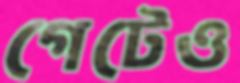
গেটেও